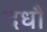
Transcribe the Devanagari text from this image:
दधौ